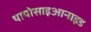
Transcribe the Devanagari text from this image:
थायोसाइआनाइड